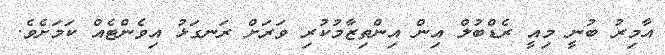
އާމިރު ބުނީ މިއީ ރެޑްބުލް އިން އިންތިޒާމުކުރި ވަރަށް ރަނގަޅު އިވެންޓެއް ކަމަށެވެ.